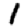
Digit: 1